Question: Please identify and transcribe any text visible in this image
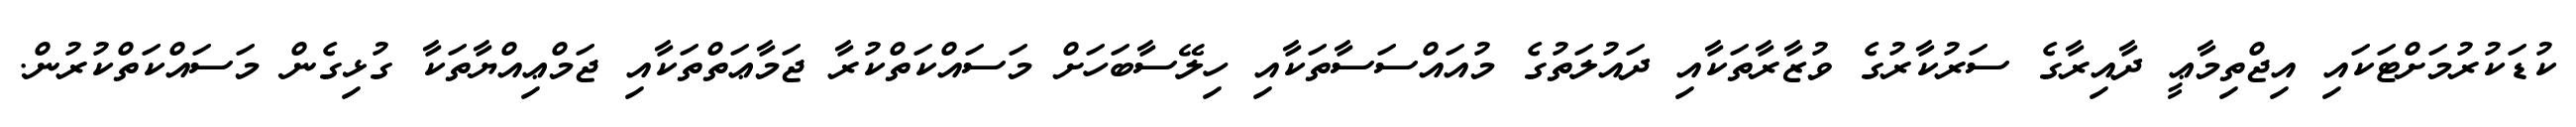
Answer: ކުޑަކުރުމަށްޓަކައި އިޖްތިމާޢީ ދާއިރާގެ ސަރުކާރުގެ ވުޒާރާތަކާއި ދައުލަތުގެ މުއައްސަސާތަކާއި ހިލޭސާބަހަށް މަސައްކަތްކުރާ ޖަމާޢަތްތަކާއި ޖަމްޢިއްޔާތަކާ ގުޅިގެން މަސައްކަތްކުރުން.